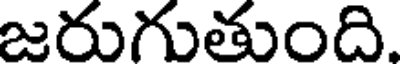
జరుగుతుంది.